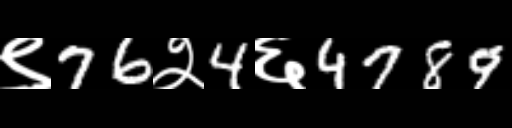
Text: ९76२4६4789